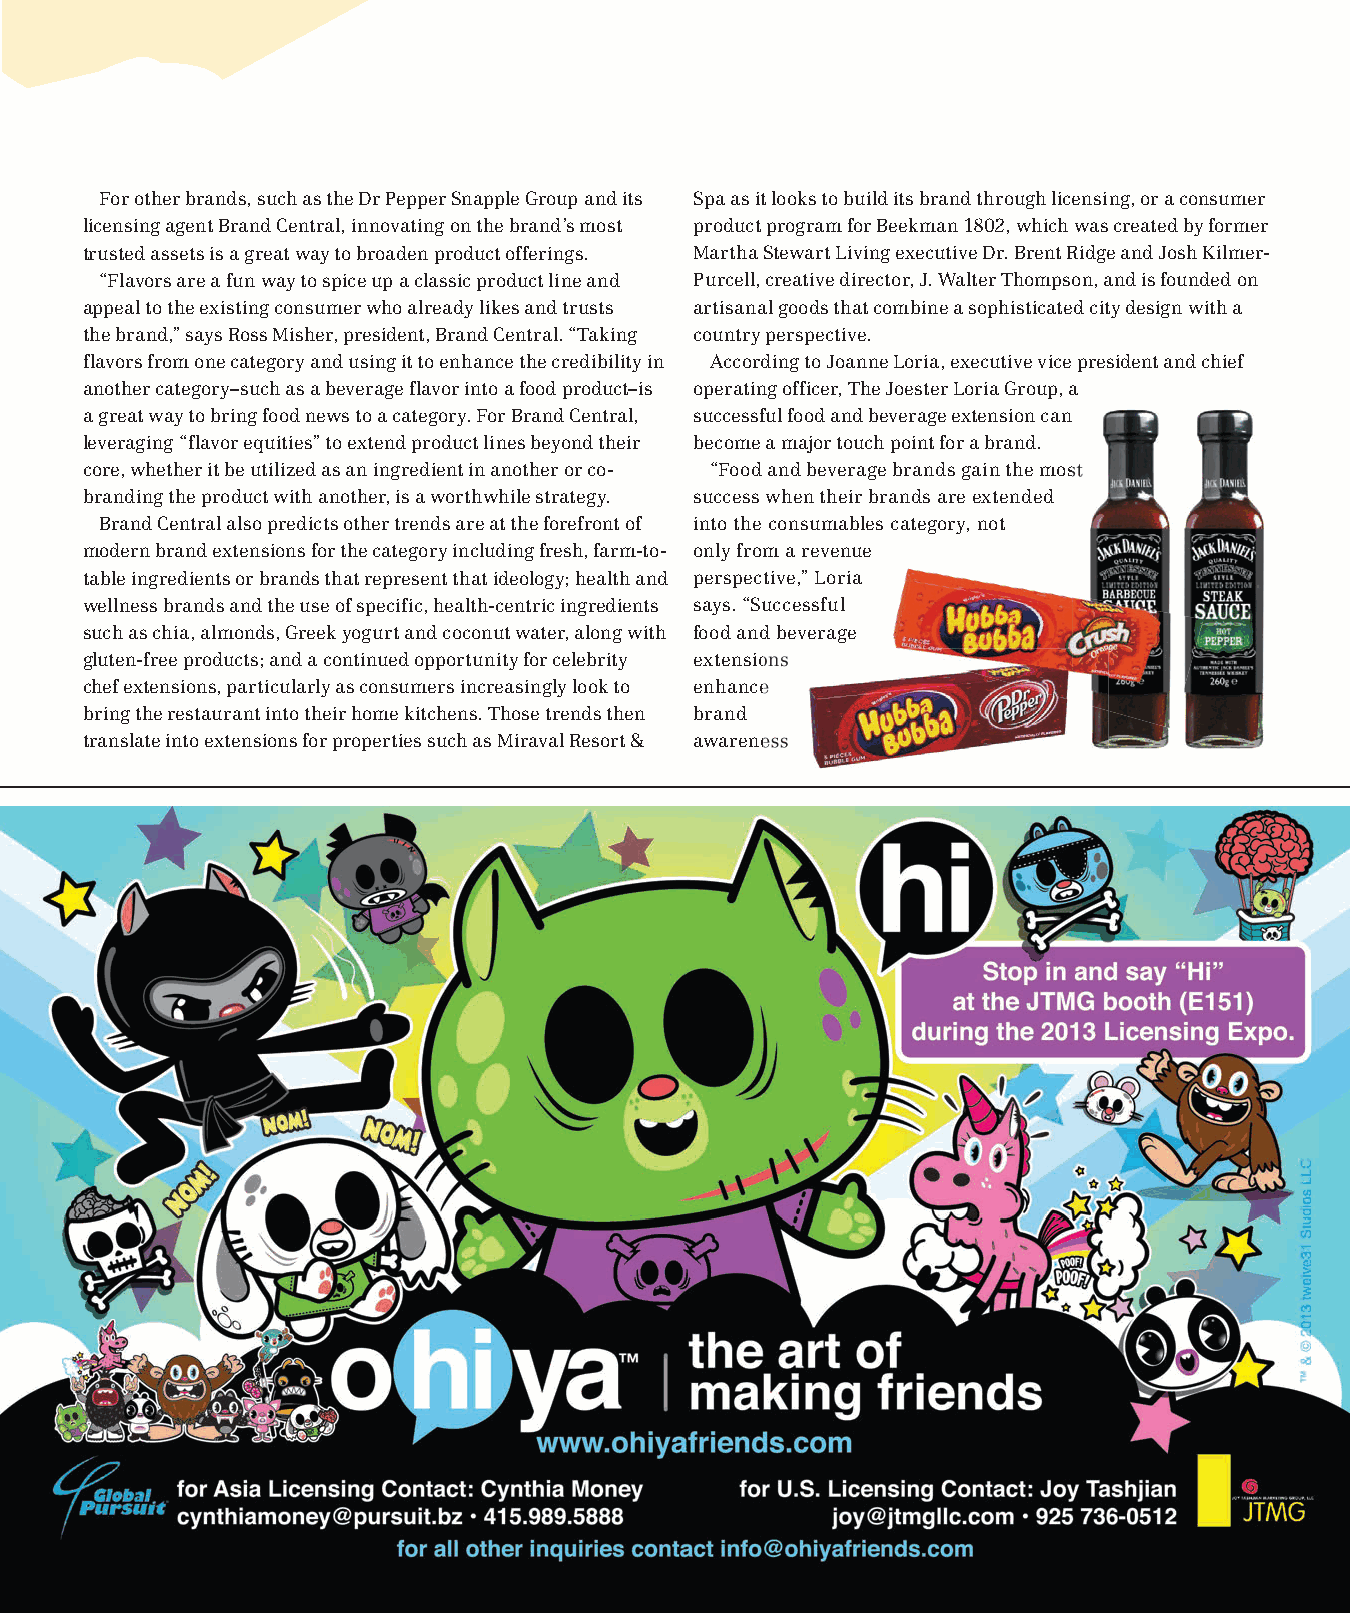
For other brands, such as the Dr Pepper Snapple Group and its Spa as it looks to build its brand through licensing, or a consumer
 licensing agent Brand Central, innovating on the brand’s most product program for Beekman 1802, which was created by former
 trusted assets is a great way to broaden product offerings. Martha Stewart Living executive Dr. Brent Ridge and Josh Kilmer-
 “Flavors are a fun way to spice up a classic product line and Purcell, creative director, J. Walter Thompson, and is founded on
 appeal to the existing consumer who already likes and trusts artisanal goods that combine a sophisticated city design with a
 the brand,” says Ross Misher, president, Brand Central. “Taking country perspective.
 flavors from one category and using it to enhance the credibility in According to Joanne Loria, executive vice president and chief
 another category–such as a beverage flavor into a food product–is operating officer, The Joester Loria Group, a
 a great way to bring food news to a category. For Brand Central, successful food and beverage extension can
 leveraging “flavor equities” to extend product lines beyond their become a major touch point for a brand.
 core, whether it be utilized as an ingredient in another or co- “Food and beverage brands gain the most
 branding the product with another, is a worthwhile strategy. success when their brands are extended
 Brand Central also predicts other trends are at the forefront of into the consumables category, not
 modern brand extensions for the category including fresh, farm-to- only from a revenue
 table ingredients or brands that represent that ideology; health and perspective,” Loria
 wellness brands and the use of specific, health-centric ingredients says. “Successful
 such as chia, almonds, Greek yogurt and coconut water, along with food and beverage
 gluten-free products; and a continued opportunity for celebrity extensions
 chef extensions, particularly as consumers increasingly look to enhance
 bring the restaurant into their home kitchens. Those trends then brand
 translate into extensions for properties such as Miraval Resort & awareness
 mbcyyelaaallcgonkewnta                             ES246175_lic0513_027.pgs 05.03.2013 21:41 ADV